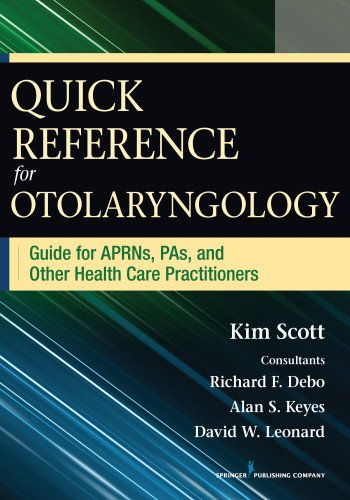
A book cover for Quick Reference for Otolaryngology: Guide for APRNs, PAs, and Other Healthcare Practitioners; Kim Scott MSN  FNP  AE-C; Medical Books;